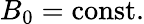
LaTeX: B_{0}=\mathrm{const.}